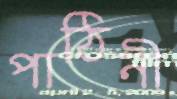
পাঠিনী